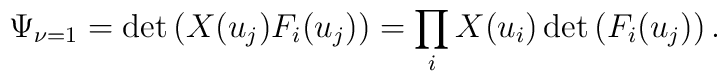
\Psi_{\nu =1} =\det \left( X(u_j)F_i(u_j) \right)=\prod_i X(u_i)\det \left( F_i(u_j) \right).